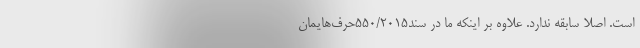
است. اصلا سابقه ندارد. علاوه بر اینکه ما در سند۵۵۰/۲۰۱۵حرف‌هایمان